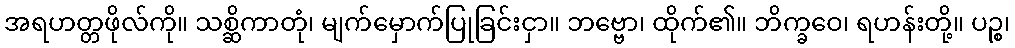
အရဟတ္တဖိုလ်ကို။ သစ္ဆိကာတုံ၊ မျက်မှောက်ပြုခြင်းငှာ။ ဘဗ္ဗော၊ ထိုက်၏။ ဘိက္ခဝေ၊ ရဟန်းတို့။ ပဉ္စ၊